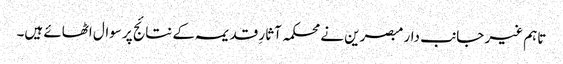
تاہم غیر جانب دار مبصرین نے محکمہ آثارِ قدیمہ کے نتائج پر سوال اٹھائے ہیں۔